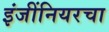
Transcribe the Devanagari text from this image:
इंजींनियरचा